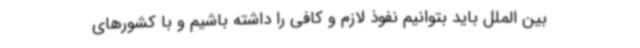
بین الملل باید بتوانیم نفوذ لازم و کافی را داشته باشیم و با کشورهای